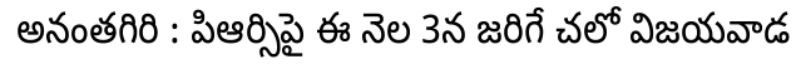
అనంతగిరి : పిఆర్సిపై ఈ నెల 3న జరిగే చలో విజయవాడ